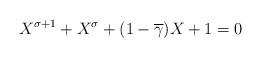
LaTeX: \begin{align*}X^{\sigma+1}+X^\sigma+(1-\overline{\gamma})X+1=0\end{align*}